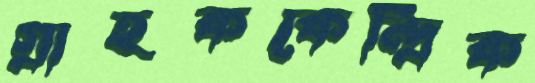
গ্রাহককেন্দ্রিক